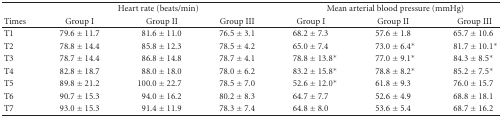
|  | <COLSPAN=3> Heart rate (beats/min) | <COLSPAN=3> Mean arterial blood pressure (mmHg) |
 | Times | Group I | Group II | Group III | Group I | Group II | Group III |
 | --- | --- | --- | --- | --- | --- | --- |
 | T1 | 79.6 ± 11.7 | 81.6 ± 11.0 | 76.5 ± 3.1 | 68.2 ± 7.3 | 57.6 ± 1.8 | 65.7 ± 10.6 |
 | T2 | 78.8 ± 14.4 | 85.8 ± 12.3 | 78.5 ± 4.2 | 65.0 ± 7.4 | 73.0 ± 6.4* | 81.7 ± 10.1* |
 | T3 | 78.7 ± 14.4 | 86.8 ± 14.8 | 78.7 ± 4.1 | 78.8 ± 13.8* | 77.0 ± 9.1* | 84.3 ± 8.5* |
 | T4 | 82.8 ± 18.7 | 88.0 ± 18.0 | 78.0 ± 6.2 | 83.2 ± 15.8* | 78.8 ± 8.2* | 85.2 ± 7.5* |
 | T5 | 89.8 ± 21.2 | 100.0 ± 22.7 | 78.5 ± 7.0 | 52.6 ± 12.0* | 61.8 ± 9.3 | 76.0 ± 15.7 |
 | T6 | 90.7 ± 15.3 | 94.0 ± 16.2 | 80.2 ± 8.3 | 64.7 ± 7.7 | 52.6 ± 4.9 | 68.8 ± 18.1 |
 | T7 | 93.0 ± 15.3 | 91.4 ± 11.9 | 78.3 ± 7.4 | 64.8 ± 8.0 | 53.6 ± 5.4 | 68.7 ± 16.2 |